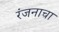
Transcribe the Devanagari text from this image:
रंजनाचा